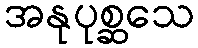
အနုပုစ္ဆသေ